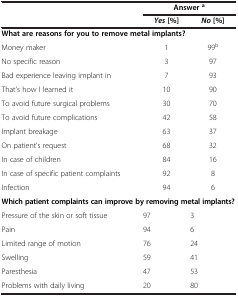
| <ROWSPAN=2>  | <COLSPAN=2> Answera |
 | Yes [%] | No [%] |
 | --- | --- | --- |
 | <COLSPAN=3> What are reasons for you to remove metal implants? |
 | Money maker | 1 | 99b |
 | No specific reason | 3 | 97 |
 | Bad experience leaving implant in | 7 | 93 |
 | That's how I learned it | 10 | 90 |
 | To avoid future surgical problems | 30 | 70 |
 | To avoid future complications | 42 | 58 |
 | Implant breakage | 63 | 37 |
 | On patient's request | 68 | 32 |
 | In case of children | 84 | 16 |
 | In case of specific patient complaints | 92 | 8 |
 | Infection | 94 | 6 |
 | <COLSPAN=3> Which patient complaints can improve by removing metal implants? |
 | Pressure of the skin or soft tissue | 97 | 3 |
 | Pain | 94 | 6 |
 | Limited range of motion | 76 | 24 |
 | Swelling | 59 | 41 |
 | Paresthesia | 47 | 53 |
 | Problems with daily living | 20 | 80 |